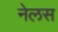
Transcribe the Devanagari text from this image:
नेलस